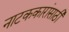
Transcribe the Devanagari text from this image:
नाटककारांसाठी